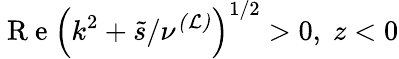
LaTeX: \mathcal{\mathrm{~R~e~}}\left(k^{2}+\tilde{s}/\nu^{\mathcal{(L)}}\right)^{1/2}>0,\; z<0